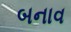
બનાવ